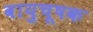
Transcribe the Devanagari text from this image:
वायुचूषक